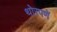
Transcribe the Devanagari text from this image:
थोरपणें